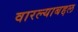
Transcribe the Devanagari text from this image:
वारल्याबद्दल